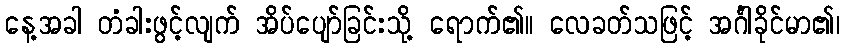
နေ့အခါ တံခါးဖွင့်လျက် အိပ်ပျော်ခြင်းသို့ ရောက်၏။ လေခတ်သဖြင့် အင်္ဂါခိုင်မာ၏၊